system: You are a helpful assistant.
user:
Analyze the provided spectrum to determine if it is a **M-type Giant (gM)**.

A M-type Giant spectrum is defined by its **strong molecular absorption** features, particularly from **Titanium Oxide (TiO)**. You must check for one of the following mutually exclusive signatures:

- **Key Visual Indicators (Absorption-Dominated Spectrum):**

    - **(Primary):** The spectrum is dominated by strong molecular absorption from **Titanium Oxide (TiO)**. This is the **defining feature** of its M-type temperature class.
        - **(Key Bandheads):** Look for sharp, "saw-tooth" absorption valleys. The strongest are located near **~7050 Å**, **~6160 Å**, and **~5170 Å**.
        - **(Line Profile):** The "saw-tooth" morphology is critical: a **sharp, steep drop on the BLUE (short-wavelength) side** of the bandhead, followed by a gradual recovery (rising flux) towards the RED (long-wavelength) side.

    - **(Key Confirmation - Giant vs. Dwarf):** **ABSENCE** of strong **Calcium Hydride (CaH)** molecular bands. This is the primary diagnostic for *excluding* M-dwarfs.
        - **(Key Region):** The spectrum should lack the strong, broad absorption band seen in dwarfs between **~6800 Å and ~7000 Å**.

    - **(Secondary Confirmation - Giant):** A very strong and broad **Neutral Calcium (Ca I)** atomic absorption line.
        - **(Key Line):** Located at **~4226 Å**. In a giant (gM), this line is significantly deeper and broader than the same line in an M-dwarf (dM) due to low surface gravity.

    - **(Overall Spectrum):**
        - The continuum is **extremely red-sloping** (i.e., flux is very low in the blue and rises dramatically towards the red).
        - The entire spectrum appears "chopped up" by the deep TiO bands.

Think first, call **spectral_visualization_tool** if needed to examine features in detail, then provide your final answer. Your response must adhere to the following strict rules:
1.  **Overall Structure:** Your response must follow the format `<think>...</think> <tool_call>...</tool_call> (if a tool is used) <answer>...</answer>`.
2.  **Tool Usage Constraint:** You may only make **one** tool call per turn.
3.  **Final Answer Format:** In the `<answer>` tag, your conclusion must be inside a `\boxed{}` command (e.g., `\boxed{YES}` or `\boxed{NO}`), followed by your justification.

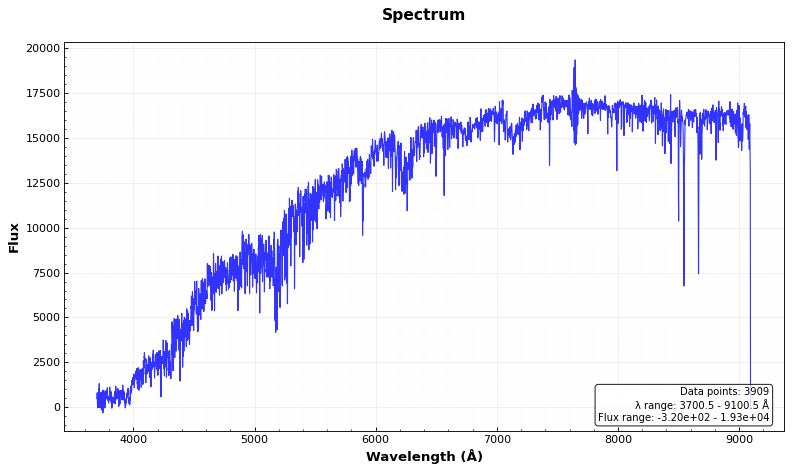
Answer: NO